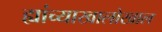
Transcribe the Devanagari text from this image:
ह्यांच्याखालोखाल